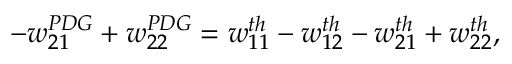
- w _ { 2 1 } ^ { P D G } + w _ { 2 2 } ^ { P D G } = w _ { 1 1 } ^ { t h } - w _ { 1 2 } ^ { t h } - w _ { 2 1 } ^ { t h } + w _ { 2 2 } ^ { t h } ,